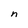
Character: n